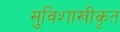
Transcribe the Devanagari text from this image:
सुविशाखीकृत